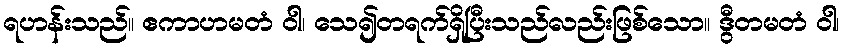
ရဟန်းသည်။ ဧကာဟမတံ ဝါ၊ သေ၍တရက်ရှိပြီးသည်လည်းဖြစ်သော။ ဒွီတမတံ ဝါ၊